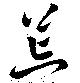
荒